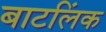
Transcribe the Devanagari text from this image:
बाटलिंक